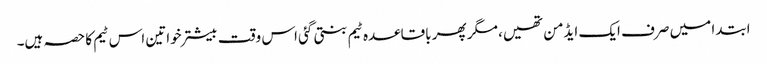
ابتدا میں صرف ایک ایڈمن تھیں، مگر پھر باقاعدہ ٹیم بنتی گئی اس وقت بیشتر خواتین اس ٹیم کا حصہ ہیں۔